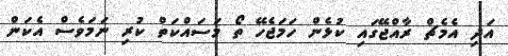
އަދި އެމެޗް ރާއްޖޭގައި ކުޅެން ހަމަޖެހޭ ތޯ މަސައްކަތް ކުރި ނަމަވެސް އެކަން